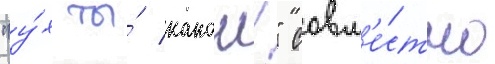
"у́х ты́ какои!" совм'е́стно